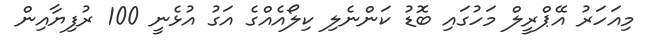
މިއަހަރު އޭޕްރީލް މަހުގައި ބޮޑު ކަންނެލި ކިލޯއެއްގެ އަގު އުޅެނީ 100 ރުފިޔާއިން